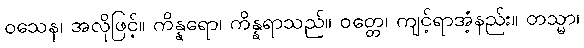
ဝသေန၊ အလိုဖြင့်။ ကိန္နရော၊ ကိန္နရာသည်။ ဝတ္တေ၊ ကျင့်ရာအံ့နည်း။ တသ္မာ၊